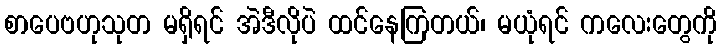
စာပေဗဟုသုတ မရှိရင် အဲဒီလိုပဲ ထင်နေကြတယ်၊ မယုံရင် ကလေးတွေကို